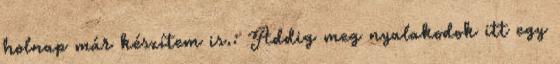
holnap már készítem is.: Addig meg nyalakodok itt egy